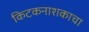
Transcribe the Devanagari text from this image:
किटकनाशकाचा